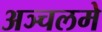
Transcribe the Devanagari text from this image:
अञ्चलमे